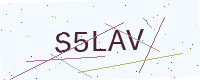
Text: S5LAV